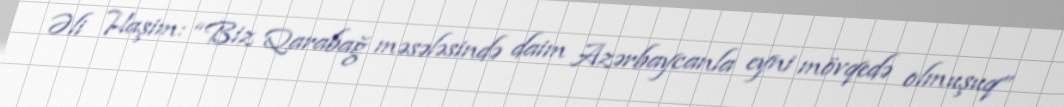
Əli Haşim: “Biz Qarabağ məsələsində daim Azərbaycanla eyni mövqedə olmuşuq”